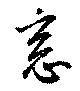
窓